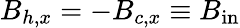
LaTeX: B_{h,x}=-B_{c,x}\equiv B_{\mathrm{in}}